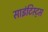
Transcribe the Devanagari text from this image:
साइंटिस्ट्स